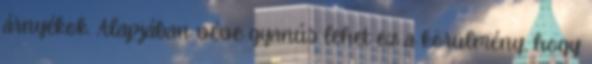
árnyékok. Alapjában véve gyanús lehet ez a körülmény, hogy